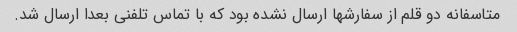
متاسفانه دو قلم از سفارشها ارسال نشده بود که با تماس تلفنی بعدا ارسال شد.